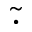
\widetilde { \cdot }